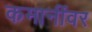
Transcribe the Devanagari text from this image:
कमानींवर